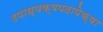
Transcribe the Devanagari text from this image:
उपाध्यक्षपदापेक्षा